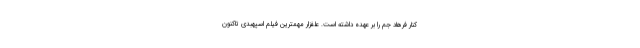
کنار فرهاد جم را بر عهده داشته است. علفزار مهمترین فیلم اسپهبدی تاکنون